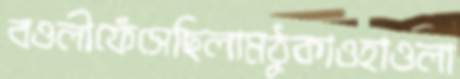
বওলীফেঁসেছিলামঠুকাওহাওলা